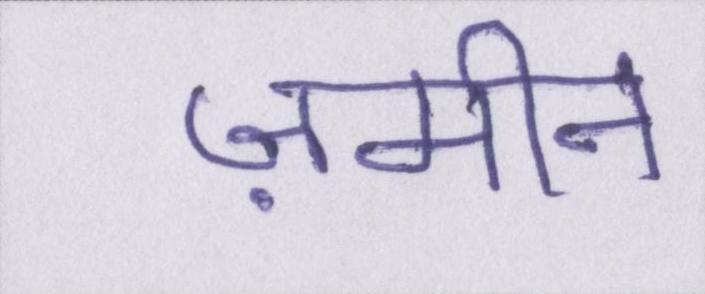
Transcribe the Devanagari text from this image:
ज़मीन